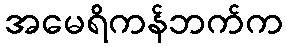
အမေရိကန်ဘက်က